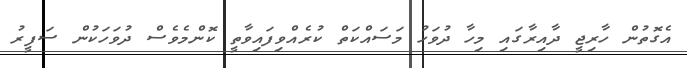
އެގޮތުން ހާރިޖީ ދާއިރާގައި މިހާ ދުވަހު މަސައްކަތް ކުރެއްވިފައިވާތީ ކޮންމެވެސް ދުވަހަކުން ސަފީރު